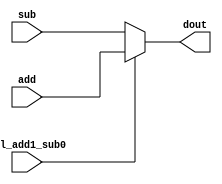
module mux_4bit ( add ,sub , sel_add1_sub0, dout );
output [4:0]dout ;
input [4:0]add ;
input [4:0]sub ;
input sel_add1_sub0 ;
   
assign dout = sel_add1_sub0 ? add : sub;

endmodule